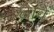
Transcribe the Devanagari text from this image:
छावें